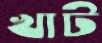
খাট